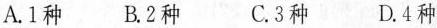
A.1种 B.2种 C.3种 D.4种